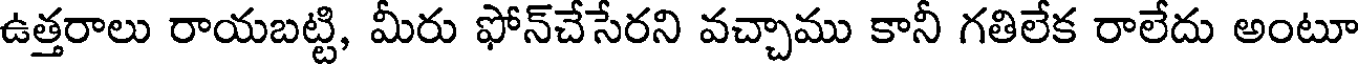
ఉత్తరాలు రాయబట్టి, మీరు ఫోన్చేసేరని వచ్చాము కానీ గతిలేక రాలేదు అంటూ